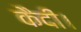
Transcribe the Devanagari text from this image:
कैदी।